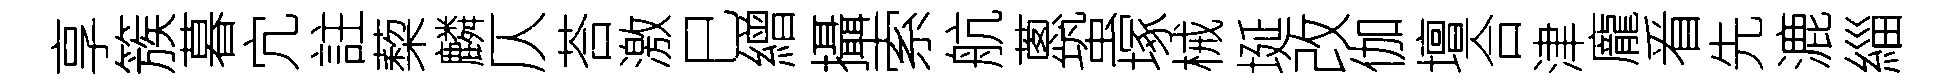
享簇暮宂註蔾麟仄荅激巳繒攝索航蔥蛩塚械埏改伽壇合津龐㸔先漉緇